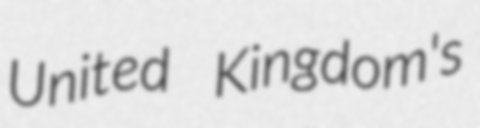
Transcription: United Kingdom's